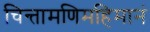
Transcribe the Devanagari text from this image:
चिन्तामणिमहिमानं